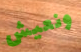
ونعيش